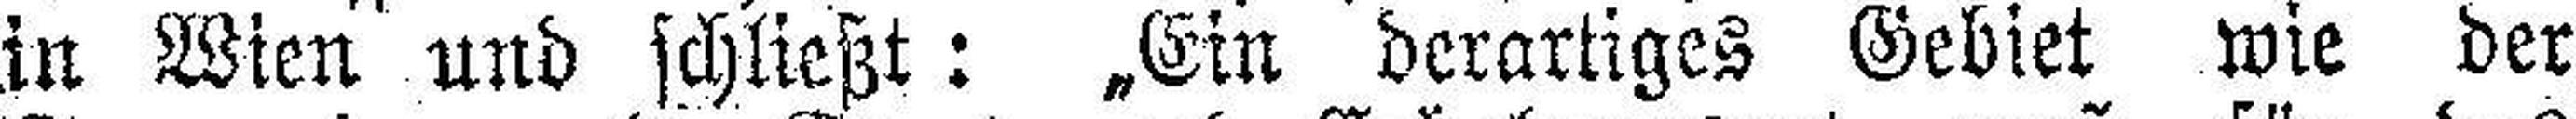
in Wien und schließt: „Ein derartiges Gebiet wie der